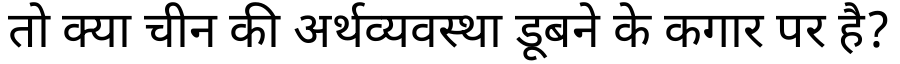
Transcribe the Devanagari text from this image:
तो क्या चीन की अर्थव्यवस्था डूबने के कगार पर है?